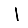
Digit: 1